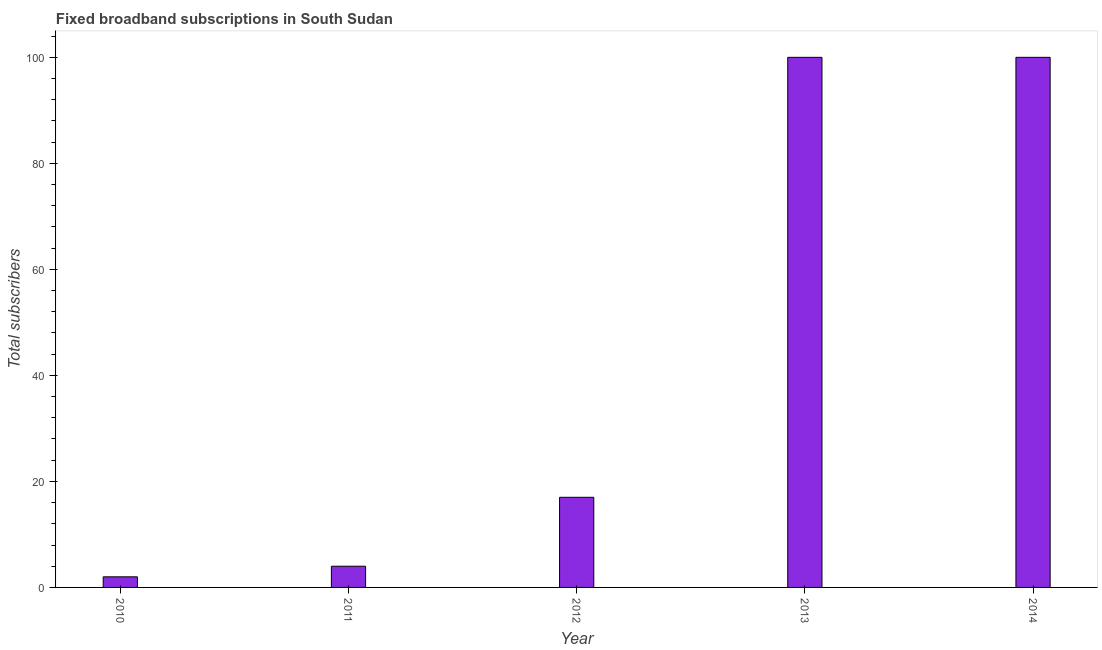
| Year | Fixed broadband subscriptions |
 | --- | --- |
 | 2010 | 2 |
 | 2011 | 4 |
 | 2012 | 17 |
 | 2013 | 100 |
 | 2014 | 100 |